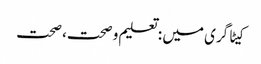
کیٹاگری میں : تعلیم و صحت، صحت